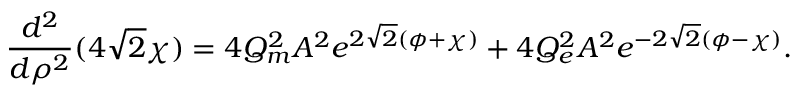
\frac { d ^ { 2 } } { d \rho ^ { 2 } } ( 4 \sqrt { 2 } \chi ) = 4 Q _ { m } ^ { 2 } A ^ { 2 } e ^ { 2 \sqrt { 2 } ( \phi + \chi ) } + 4 Q _ { e } ^ { 2 } A ^ { 2 } e ^ { - 2 \sqrt { 2 } ( \phi - \chi ) } .